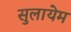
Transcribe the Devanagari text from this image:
सुलायेम